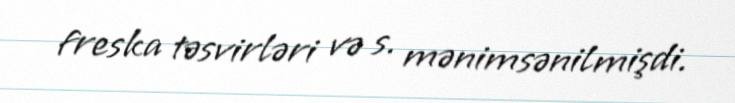
freska təsvirləri və s. mənimsənilmişdi.